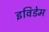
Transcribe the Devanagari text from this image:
इविडेम